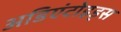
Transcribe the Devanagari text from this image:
अडिएंटोइड्स